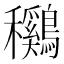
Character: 𱶯